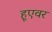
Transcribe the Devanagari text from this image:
हूएवर